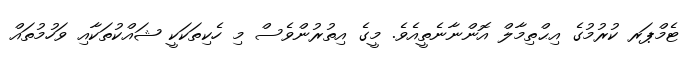
ޓެމްޕަރ ކުރުމުގެ އިޙްތިމާލް އޮންނާނެތީއެވެ. މީގެ އިތުރުންވެސް މި ހެކިތަކަކީ ޝައްކުތަކާއި ވަހުމުތައް